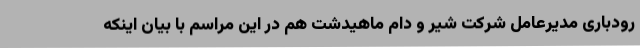
رودباری مدیرعامل شرکت شیر و دام ماهیدشت هم در این مراسم با بیان اینکه